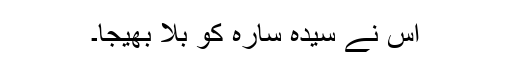
اس نے سیدہ سارہ کو بلا بھیجا۔